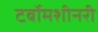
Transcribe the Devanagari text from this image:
टर्बोमशीनरी